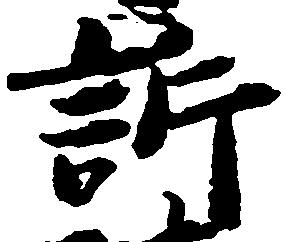
訴